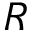
R